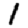
Digit: 1